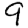
Digit: 9